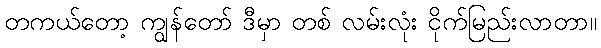
တကယ်တော့ ကျွန်တော် ဒီမှာ တစ် လမ်းလုံး ငိုက်မြည်းလာတာ။